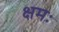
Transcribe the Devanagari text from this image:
क्षमः